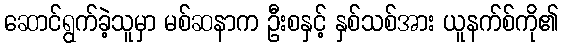
ဆောင်ရွက်ခဲ့သူမှာ မစ်ဆနာက ဦးစနှင့် နှစ်သစ်အား ယူနက်စ်ကို၏